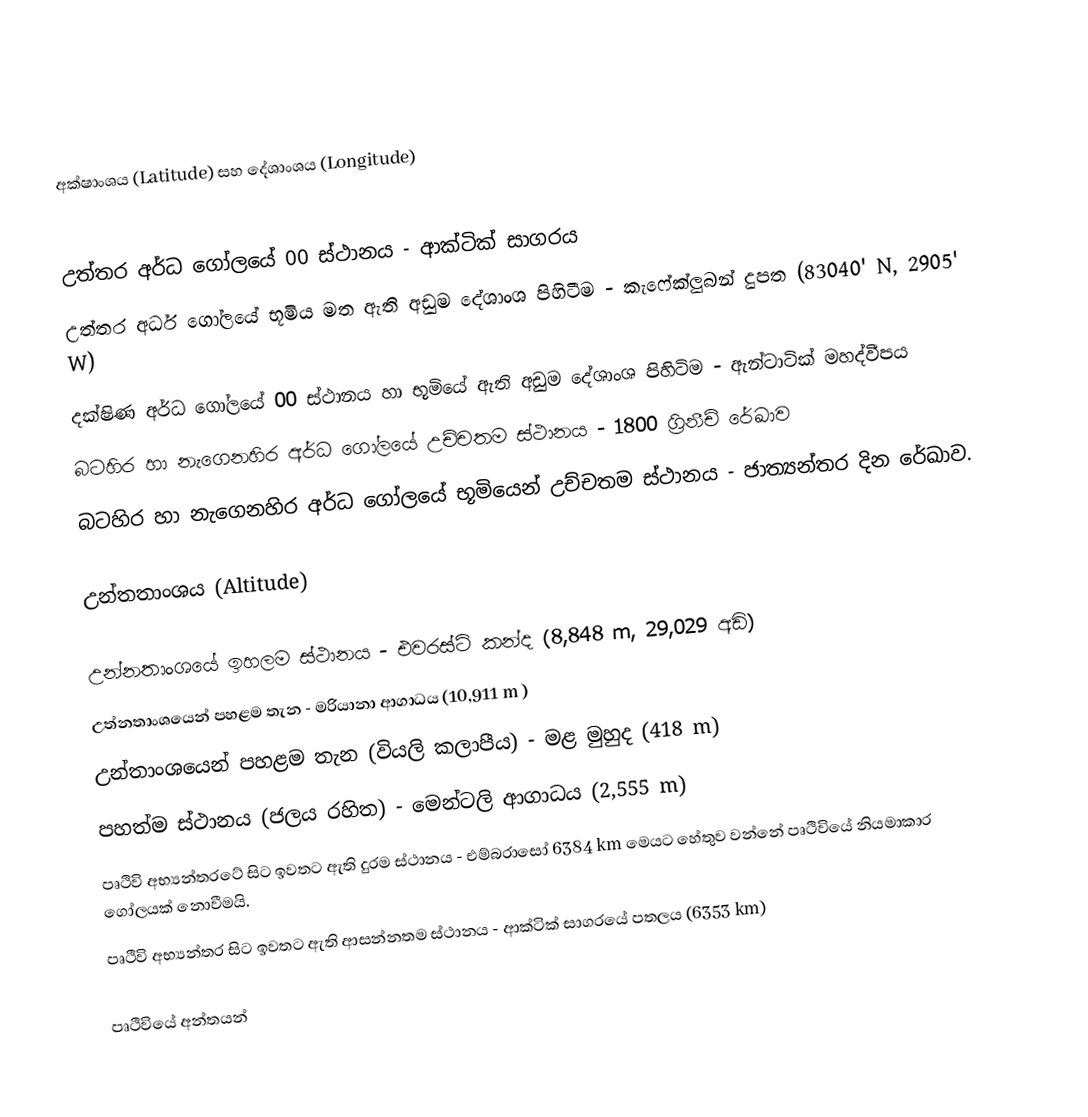

අක්ෂාංශය (Latitude) සහ දේශාංශය (Longitude)

 උත්තර අර්ධ ගෝලයේ 00 ස්ථානය - ආක්ටික් සාගරය
 උත්තර අර්ධ ගෝලයේ භූමිය මත ඇති අඩුම දේශාංශ පිහිටීම - කැෆේක්ලුබන් දුපත (83040' N, 2905' W)
 දක්ෂිණ අර්ධ ගෝලයේ 00 ස්ථානය හා භූමියේ ඇති අඩුම දේශාංශ පිහිටිම - ඇන්ටාටික් මහද්වීපය
 බටහිර හා නැගෙනහිර අර්ධ ගෝලයේ උච්චතම ස්ථානය - 1800 ග්‍රිනීච් රේඛාව
 බටහිර හා නැගෙනහිර අර්ධ ගෝලයේ භූමියෙන් උච්චතම ස්ථානය - ජාත්‍යන්තර දින රේඛාව.

උන්තතාංශය (Altitude)

 උන්නතාංශයේ ඉහලම ස්ථානය - එවරස්ට් කන්ද (8,848 m, 29,029 අඩි)
 උත්නතාංශයෙන් පහළම තැන - මරියානා ආගාධය (10,911 m )
 උන්තාංශයෙන් පහළම තැන (වියලි කලාපීය) - මළ මුහුද (418 m)
 පහත්ම ස්ථානය (ජලය රහිත) - මෙන්ටලි ආගාධය (2,555 m)
 පෘථිවි අභ්‍යන්තරටේ සිට ඉවතට ඇති දුරම ස්ථානය - එම්බරාසෝ 6384 km මෙයට හේතුව වන්නේ පෘථිවියේ නියමාකාර ගෝලයක් නොවීමයි.
 පෘථිවි අභ්‍යන්තර සිට ඉවතට ඇති ආසන්නතම ස්ථානය - ආක්ටික් සාගරයේ පතලය (6353 km)

පෘථිවියේ අන්තයන්